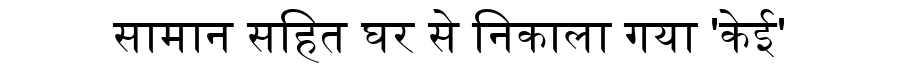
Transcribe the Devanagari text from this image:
सामान सहित घर से निकाला गया 'केई'